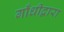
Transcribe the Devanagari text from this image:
गाँधीद्वारा